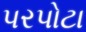
પરપોટા